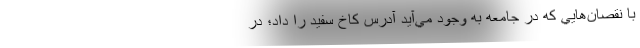
با نقصان‌هايي كه در جامعه به وجود مي‌آيد آدرس كاخ سفيد را داد؛ در